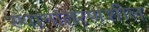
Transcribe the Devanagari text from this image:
स्थानांतरणशील